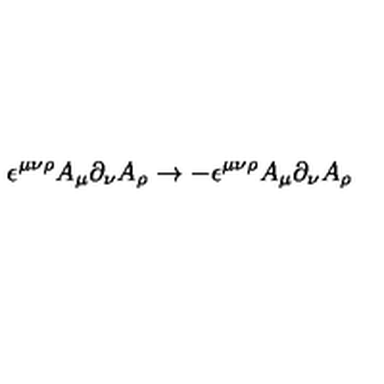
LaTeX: \epsilon ^ { \mu \nu \rho } A _ { \mu } \partial _ { \nu } A _ { \rho } \to - \epsilon ^ { \mu \nu \rho } A _ { \mu } \partial _ { \nu } A _ { \rho }